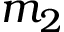
m _ { 2 }